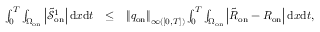
\begin{array} { r l r } { \int _ { 0 } ^ { T } \int _ { \Omega _ { \mathrm { o n } } } \left| \tilde { \mathcal { S } } _ { \mathrm { o n } } ^ { 1 } \right| \mathrm { d } x \mathrm { d } t } & { \leq } & { { \left\| q _ { \mathrm { o n } } \right\| _ { \L { \infty } ( [ 0 , T ] ) } } \int _ { 0 } ^ { T } \int _ { \Omega _ { \mathrm { o n } } } \left| \tilde { R } _ { \mathrm { o n } } - R _ { \mathrm { o n } } \right| \mathrm { d } x \mathrm { d } t , } \end{array}